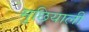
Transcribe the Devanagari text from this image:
मुछियाली